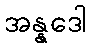
အန္နဒေါ